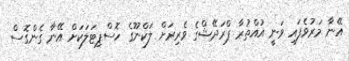
އޭނާ މަރުވެފައި ވަނީ އުއްތުރާ ޕްރަދޭޝްގެ ވެރިރަށް ލަކްނޫގެ ހޮސްޕިޓަލަކަށް އޭނާ ގެންގޮސް